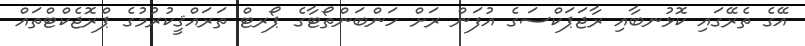
އޭގެ ތެރޭގައި ކޮޅުނބާއި ރާޖަޕަކްސަގެ އުފަން ރަށް ހަންބަންތޯޓާގެ ޕޯރޓް ތަރައްޤީކުރުމުގެ ޕްރޮޖެކްޓްތައް